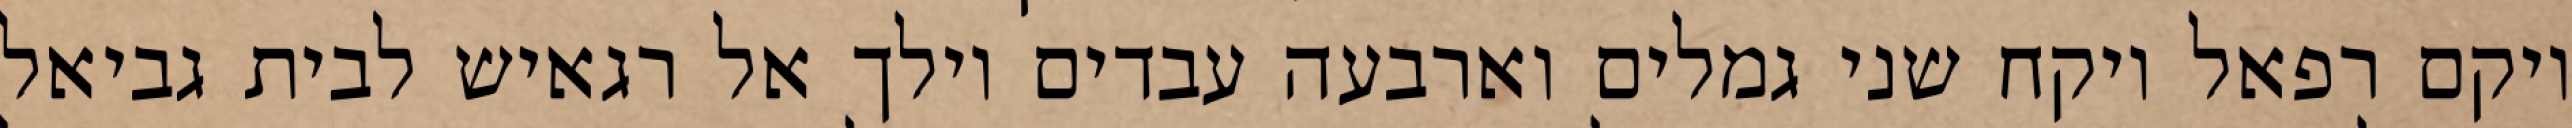
ויקם רפאל ויקח שני גמלים וארבעה עבדים וילך אל רגאיש לבית גביאל